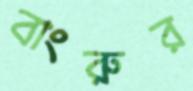
বাংরুর